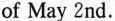
of May 2nd.